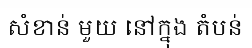
សំខាន់ មួយ នៅក្នុង តំបន់